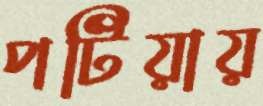
পটিয়ায়